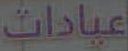
عيادات